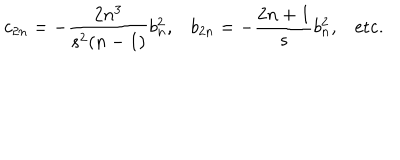
LaTeX: c _ { 2 n } = - \frac { 2 n ^ { 3 } } { s ^ { 2 } ( n - 1 ) } b _ { n } ^ { 2 } , b _ { 2 n } = - \frac { 2 n + 1 } { s } b _ { n } ^ { 2 } , \mathrm { e t c . }